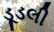
ડૂડલી